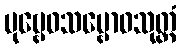
ပုဗ္ဗေဝသမ္ဗောဓသုတ္တံ